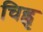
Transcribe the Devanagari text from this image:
चिह्नृ